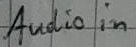
Text: Audio in